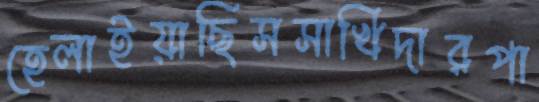
হেলাইয়াছিসসাখিদারপা